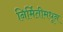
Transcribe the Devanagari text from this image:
निर्मितीमधून